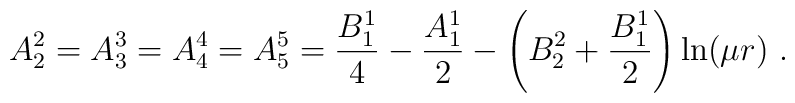
A_2^2=A_3^3=A_4^4=A_5^5=\frac{B_1^1}4-\frac{A_1^1}2-\left(B_2^2+\frac{B_1^1}2\right)\ln(\mu r) \ .